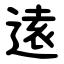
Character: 逺